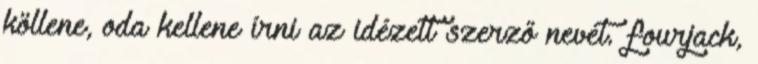
köllene, oda kellene írni az idézett szerző nevét. fourjack,